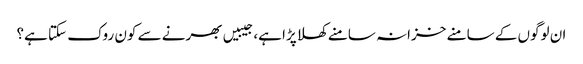
ان لوگوں کے سامنے خزانہ سامنے کھلا پڑا ہے، جیبیں بھرنے سے کون روک سکتا ہے؟